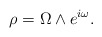
\begin{align*}\rho = \Omega\wedge e^{i\omega}.\end{align*}